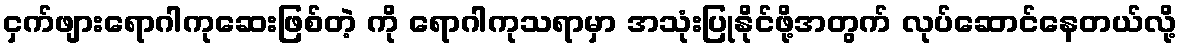
ငှက်ဖျားရောဂါကုဆေးဖြစ်တဲ့ ကို ရောဂါကုသရာမှာ အသုံးပြုနိုင်ဖို့အတွက် လုပ်ဆောင်နေတယ်လို့